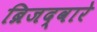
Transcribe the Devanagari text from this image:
ब्रिजद्वारे